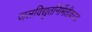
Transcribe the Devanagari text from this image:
जलविद्युतनिर्मितीकरता